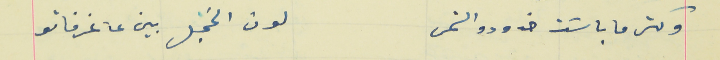
وكتر ما باسَت خدودو الشمس                                      لون الخجل بين عا غرفاتو